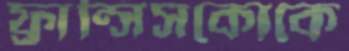
ফ্রান্সিসকোকে